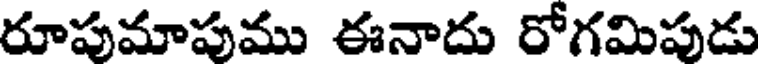
రూపుమాపుము ఈనాదు రోగమిపుడు